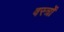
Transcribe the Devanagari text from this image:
वस्‍त्रों